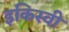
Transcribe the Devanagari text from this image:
इकिस्वी